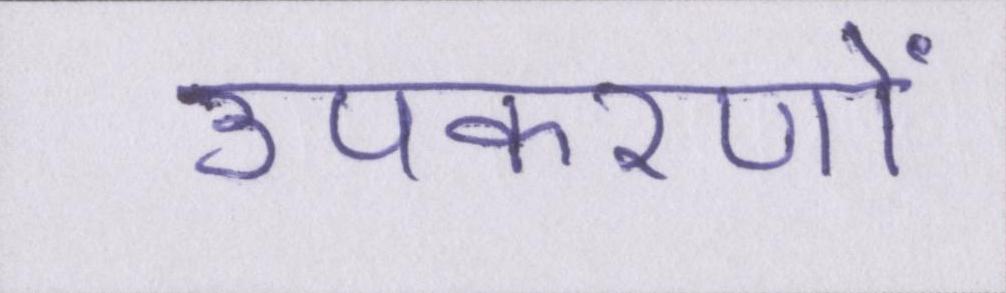
उपकरणों